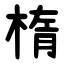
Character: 楕